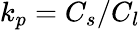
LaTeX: k_{p}=C_{s}/C_{l}